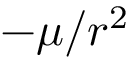
- \mu / r ^ { 2 }